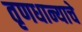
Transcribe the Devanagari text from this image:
तृणधान्याचे